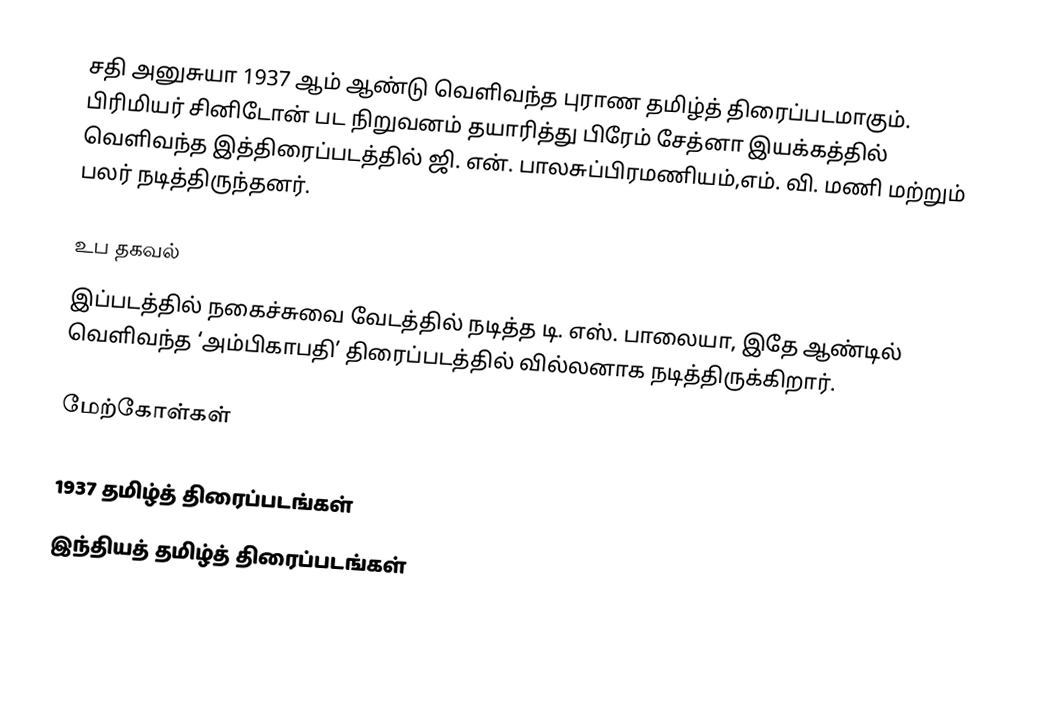
சதி அனுசுயா 1937 ஆம் ஆண்டு வெளிவந்த புராண தமிழ்த் திரைப்படமாகும். பிரிமியர் சினிடோன் பட நிறுவனம் தயாரித்து பிரேம் சேத்னா இயக்கத்தில் வெளிவந்த இத்திரைப்படத்தில் ஜி. என். பாலசுப்பிரமணியம்,எம். வி. மணி மற்றும் பலர் நடித்திருந்தனர்.

உப தகவல்
 இப்படத்தில் நகைச்சுவை வேடத்தில் நடித்த டி. எஸ். பாலையா, இதே ஆண்டில் வெளிவந்த ‘அம்பிகாபதி’ திரைப்படத்தில் வில்லனாக நடித்திருக்கிறார்.

மேற்கோள்கள்

1937 தமிழ்த் திரைப்படங்கள்
இந்தியத் தமிழ்த் திரைப்படங்கள்